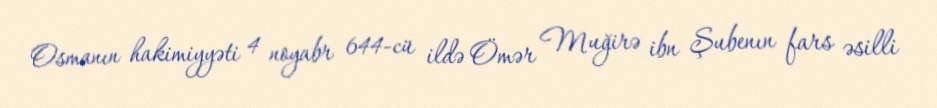
Osmanın hakimiyyəti 4 noyabr 644-cü ildə Ömər Muğirə ibn Şubenın fars əsilli